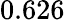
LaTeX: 0.626